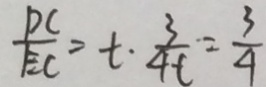
\frac { P C } { E C } = t \cdot \frac { 3 } { 4 t } = \frac { 3 } { 4 }